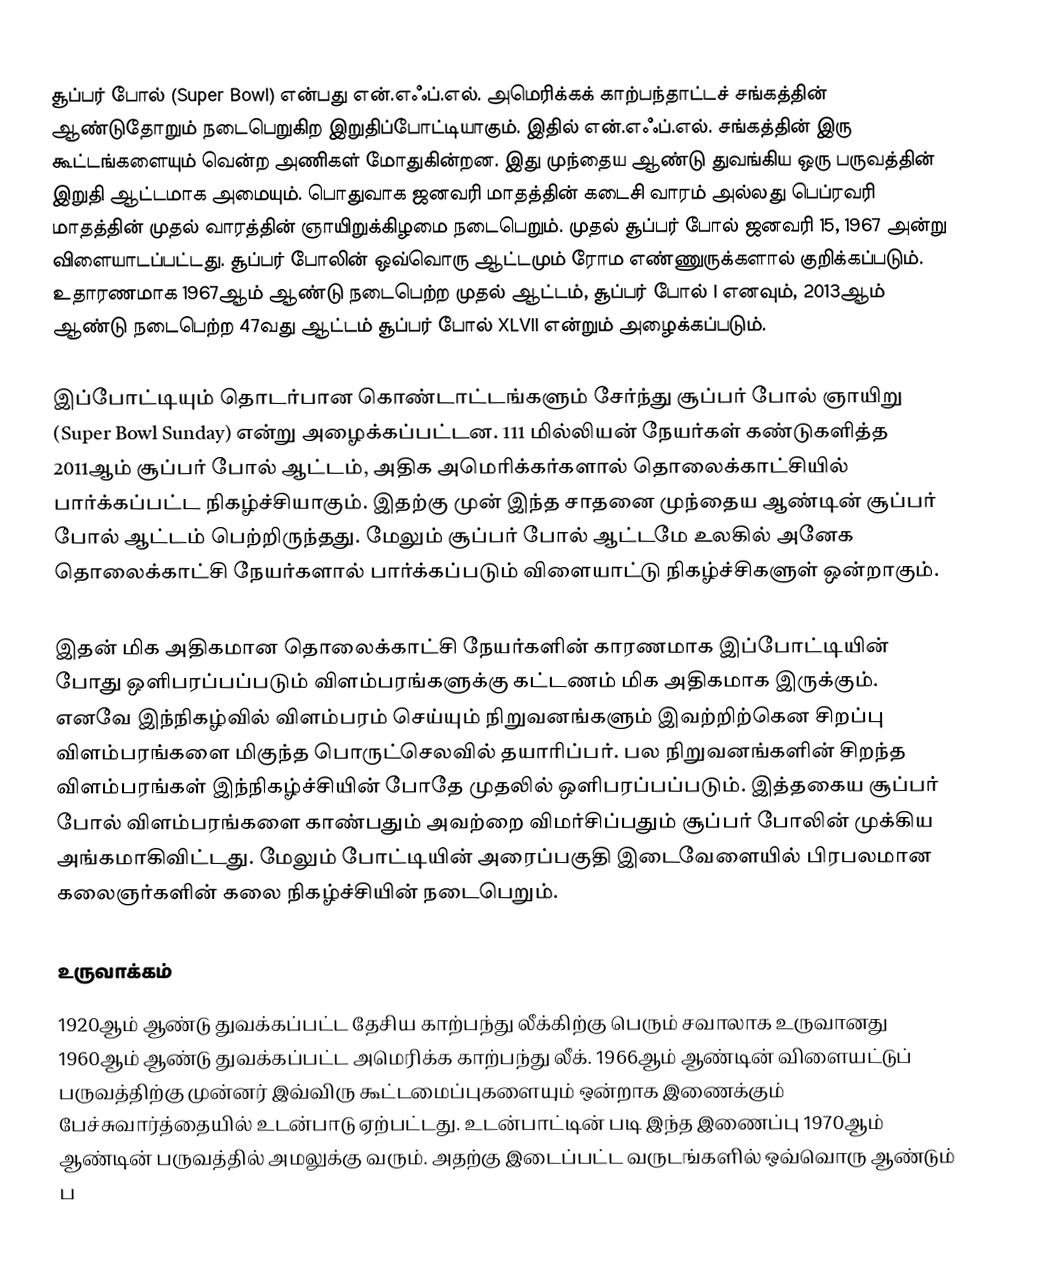
சூப்பர் போல் (Super Bowl) என்பது என்.எஃப்.எல். அமெரிக்கக் காற்பந்தாட்டச் சங்கத்தின் ஆண்டுதோறும் நடைபெறுகிற இறுதிப்போட்டியாகும். இதில் என்.எஃப்.எல். சங்கத்தின் இரு கூட்டங்களையும் வென்ற அணிகள் மோதுகின்றன. இது முந்தைய ஆண்டு துவங்கிய ஒரு பருவத்தின் இறுதி ஆட்டமாக அமையும். பொதுவாக ஜனவரி மாதத்தின் கடைசி வாரம் அல்லது பெப்ரவரி மாதத்தின் முதல் வாரத்தின் ஞாயிறுக்கிழமை நடைபெறும். முதல் சூப்பர் போல் ஜனவரி 15, 1967 அன்று விளையாடப்பட்டது. சூப்பர் போலின் ஒவ்வொரு ஆட்டமும் ரோம எண்ணுருக்களால் குறிக்கப்படும். உதாரணமாக 1967ஆம் ஆண்டு நடைபெற்ற முதல் ஆட்டம், சூப்பர் போல் I எனவும், 2013ஆம் ஆண்டு நடைபெற்ற 47வது ஆட்டம் சூப்பர் போல் XLVII என்றும் அழைக்கப்படும்.

இப்போட்டியும் தொடர்பான கொண்டாட்டங்களும் சேர்ந்து சூப்பர் போல் ஞாயிறு (Super Bowl Sunday) என்று அழைக்கப்பட்டன.  111 மில்லியன் நேயர்கள் கண்டுகளித்த 2011ஆம் சூப்பர் போல் ஆட்டம், அதிக அமெரிக்கர்களால் தொலைக்காட்சியில் பார்க்கப்பட்ட நிகழ்ச்சியாகும். இதற்கு முன் இந்த சாதனை முந்தைய ஆண்டின் சூப்பர் போல் ஆட்டம் பெற்றிருந்தது. மேலும் சூப்பர் போல் ஆட்டமே உலகில் அனேக தொலைக்காட்சி நேயர்களால் பார்க்கப்படும் விளையாட்டு நிகழ்ச்சிகளுள் ஒன்றாகும்.

இதன் மிக அதிகமான தொலைக்காட்சி நேயர்களின் காரணமாக இப்போட்டியின் போது ஒளிபரப்பப்படும் விளம்பரங்களுக்கு கட்டணம் மிக அதிகமாக இருக்கும். எனவே இந்நிகழ்வில் விளம்பரம் செய்யும் நிறுவனங்களும் இவற்றிற்கென சிறப்பு விளம்பரங்களை மிகுந்த பொருட்செலவில் தயாரிப்பர். பல நிறுவனங்களின் சிறந்த விளம்பரங்கள் இந்நிகழ்ச்சியின் போதே முதலில் ஒளிபரப்பப்படும். இத்தகைய சூப்பர் போல் விளம்பரங்களை காண்பதும் அவற்றை விமர்சிப்பதும் சூப்பர் போலின் முக்கிய அங்கமாகிவிட்டது. மேலும் போட்டியின் அரைப்பகுதி இடைவேளையில் பிரபலமான கலைஞர்களின் கலை நிகழ்ச்சியின் நடைபெறும்.

உருவாக்கம்
1920ஆம் ஆண்டு துவக்கப்பட்ட தேசிய காற்பந்து லீக்கிற்கு பெரும் சவாலாக உருவானது 1960ஆம் ஆண்டு துவக்கப்பட்ட அமெரிக்க காற்பந்து லீக். 1966ஆம் ஆண்டின் விளையட்டுப் பருவத்திற்கு முன்னர் இவ்விரு கூட்டமைப்புகளையும் ஒன்றாக இணைக்கும் பேச்சுவார்த்தையில் உடன்பாடு ஏற்பட்டது. உடன்பாட்டின் படி இந்த இணைப்பு 1970ஆம் ஆண்டின் பருவத்தில் அமலுக்கு வரும். அதற்கு இடைப்பட்ட வருடங்களில் ஒவ்வொரு ஆண்டும் ப